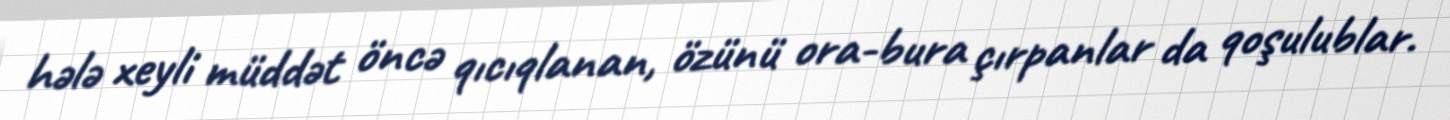
hələ xeyli müddət öncə qıcıqlanan, özünü ora-bura çırpanlar da qoşulublar.